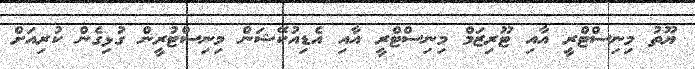
ޔޫތު މިނިސްޓްރީ އާއި ޓޫރިޒަމް މިނިސްޓްރީ އާއި އެޑިއުކޭޝަން މިނިސްޓުރީން ގުޅިގެން ކުރިއަށް